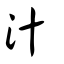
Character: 汁